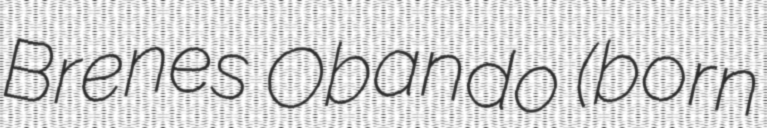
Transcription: Brenes Obando (born